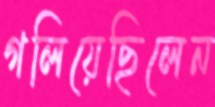
গলিয়েছিলেন